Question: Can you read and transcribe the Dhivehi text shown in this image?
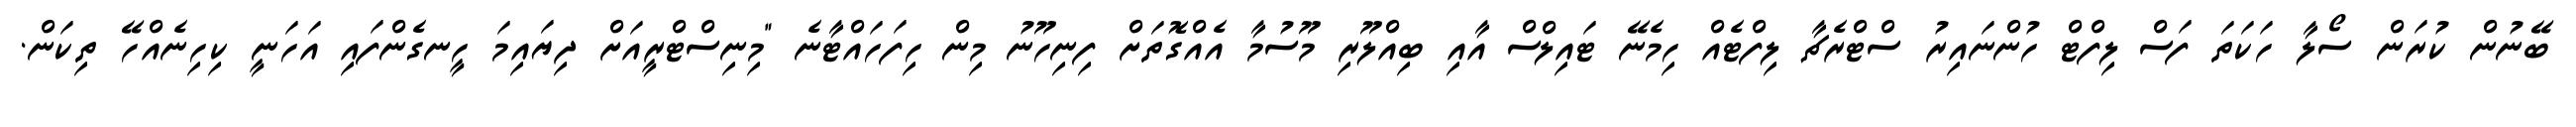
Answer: ބޭނުން ކުރަން ސޯލާ ހަކަތަ ފަސް ލިފްޓް ހުންނައިރު ސްޓްރެޗާ ލިފްޓެއް ހިމެނޭ ޓައިލްސް އާއި ބިއްލޫރި މޫސުމާ އެއްގޮތަށް ފިނިހޫނު މިން ހިފަހައްޓާނެ "މިނިސްޓްރީއަށް ދިޔައިމަ ހީނގެންފައި އަހަނީ ކިހިނެއްހޭ ތިކަން.